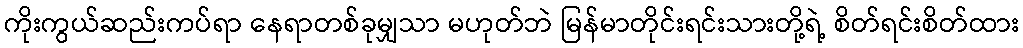
ကိုးကွယ်ဆည်းကပ်ရာ နေရာတစ်ခုမျှသာ မဟုတ်ဘဲ မြန်မာတိုင်းရင်းသားတို့ရဲ့ စိတ်ရင်းစိတ်ထား